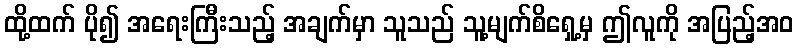
ထို့ထက် ပို၍ အရေးကြီးသည့် အချက်မှာ သူသည် သူ့မျက်စိရှေ့မှ ဤလူကို အပြည့်အဝ